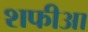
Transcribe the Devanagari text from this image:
शफीआ